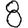
Digit: 8